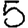
Digit: 5